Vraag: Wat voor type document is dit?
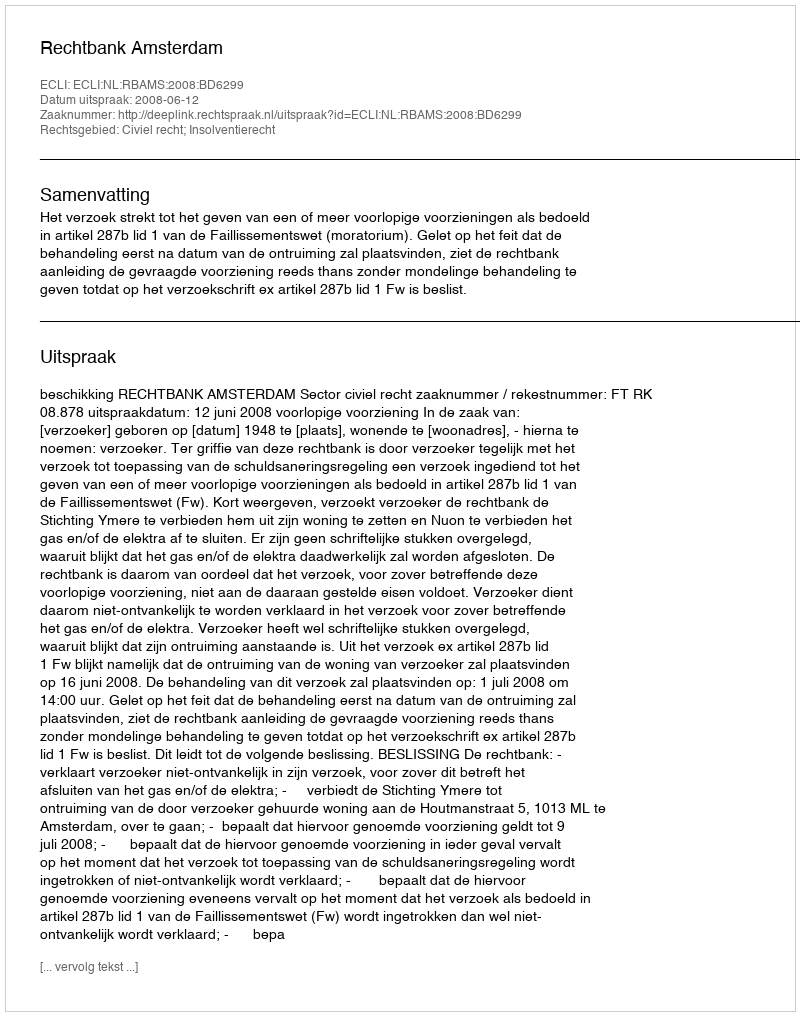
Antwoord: Uitspraak